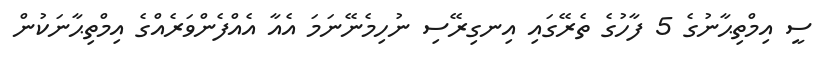
ސީ އިމްތިޙާނުގެ 5 ފާހުގެ ތެރޭގައި އިނގިރޭސި ނުހިމެނޭނަމަ އެއާ އެއްފެންވަރެއްގެ އިމްތިޙާނަކުން